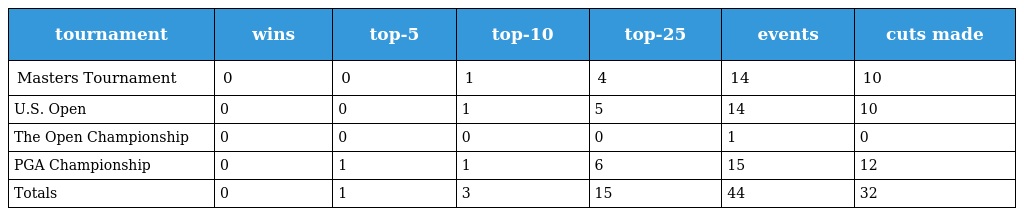
| tournament | wins | top-5 | top-10 | top-25 | events | cuts made |
 | --- | --- | --- | --- | --- | --- | --- |
 | Masters Tournament | 0 | 0 | 1 | 4 | 14 | 10 |
 | U.S. Open | 0 | 0 | 1 | 5 | 14 | 10 |
 | The Open Championship | 0 | 0 | 0 | 0 | 1 | 0 |
 | PGA Championship | 0 | 1 | 1 | 6 | 15 | 12 |
 | Totals | 0 | 1 | 3 | 15 | 44 | 32 |